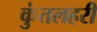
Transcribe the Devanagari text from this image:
कुंतलहरी